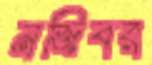
মজিবর